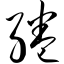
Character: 绻